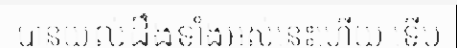
បានយល់ដឹងទាំងអស់នេះហើយ ទើប